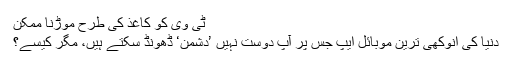
ٹی وی کو کاغذ کی طرح موڑنا ممکن
دنیا کی انوکھی ترین موبائل ایپ جس پر آپ دوست نہیں ’دشمن‘ ڈھونڈ سکتے ہیں، مگر کیسے؟